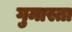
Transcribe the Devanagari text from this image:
गुमास्ता